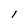
Character: l